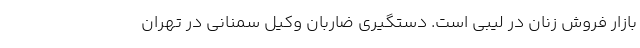
بازار فروش زنان در لیبی است. دستگیری ضاربان وکیل سمنانی در تهران